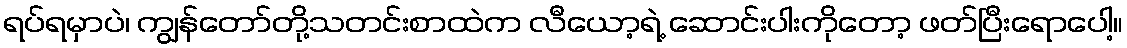
ရပ်ရမှာပဲ၊ ကျွန်တော်တို့သတင်းစာထဲက လီယော့ရဲ့ ဆောင်းပါးကိုတော့ ဖတ်ပြီးရောပေါ့။